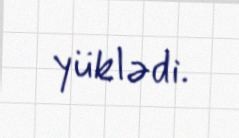
yüklədi.